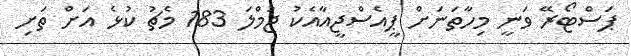
ޕަސްޓޯރޭ ވަނީ މިހާތަނަށް ޕީއެސްޖީއާއެކު ޖުމްލަ 183 މެޗު ކުޅެ އަށް ތަށި